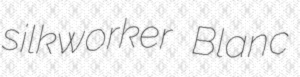
silkworker Blanc